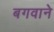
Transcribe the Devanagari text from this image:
बगवाने